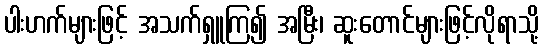
ပါးဟက်များဖြင့် အသက်ရှူကြ၍ အမြီး၊ ဆူးတောင်များဖြင့်လိုရာသို့